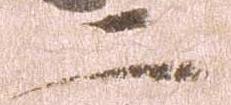
二